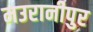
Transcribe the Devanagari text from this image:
मउरानीपुर